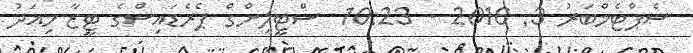
ސެޕްޓެމްބަރު 3